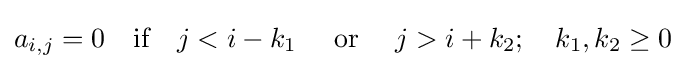
a_{i,j}=0\quad {\mbox{if}}\quad j<i-k_{1}\quad {\mbox{ or }}\quad j>i+k_{2};\quad k_{1},k_{2}\geq 0